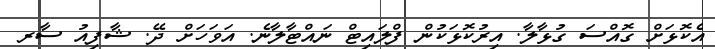
އެކޮޅަށް ގޮއްސަ ގުޅާލާ. އިރުކޮޅަކުން ފްލައިޓް ނައްޓާލާނެ. އަވަހަށް ދޭ. ޝާފިއު ސާރ